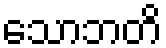
သောဘတိ